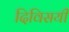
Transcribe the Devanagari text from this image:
दिविसयी